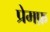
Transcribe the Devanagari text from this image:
प्रेमफ़